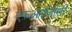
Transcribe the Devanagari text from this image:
एफआईजीसी